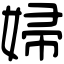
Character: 婦